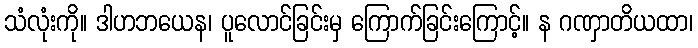
သံလုံးကို။ ဒါဟဘယေန၊ ပူလောင်ခြင်းမှ ကြောက်ခြင်းကြောင့်။ န ဂဏှာတိယထာ၊